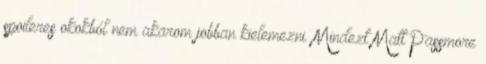
spoileres okokból nem akarom jobban kielemezni. Mindezt Matt Passmore